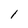
Character: 1